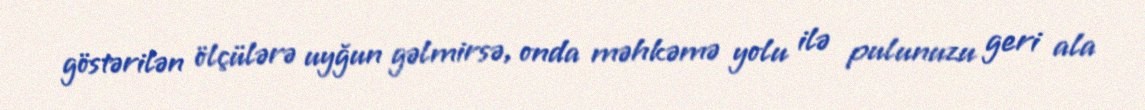
göstərilən ölçülərə uyğun gəlmirsə, onda məhkəmə yolu ilə pulunuzu geri ala